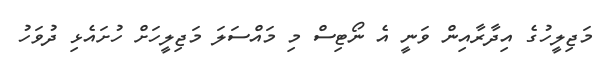
މަޖިލީހުގެ އިދާރާއިން ވަނީ އެ ނޯޓިސް މި މައްސަލަ މަޖިލީހަށް ހުށައެޅި ދުވަހު